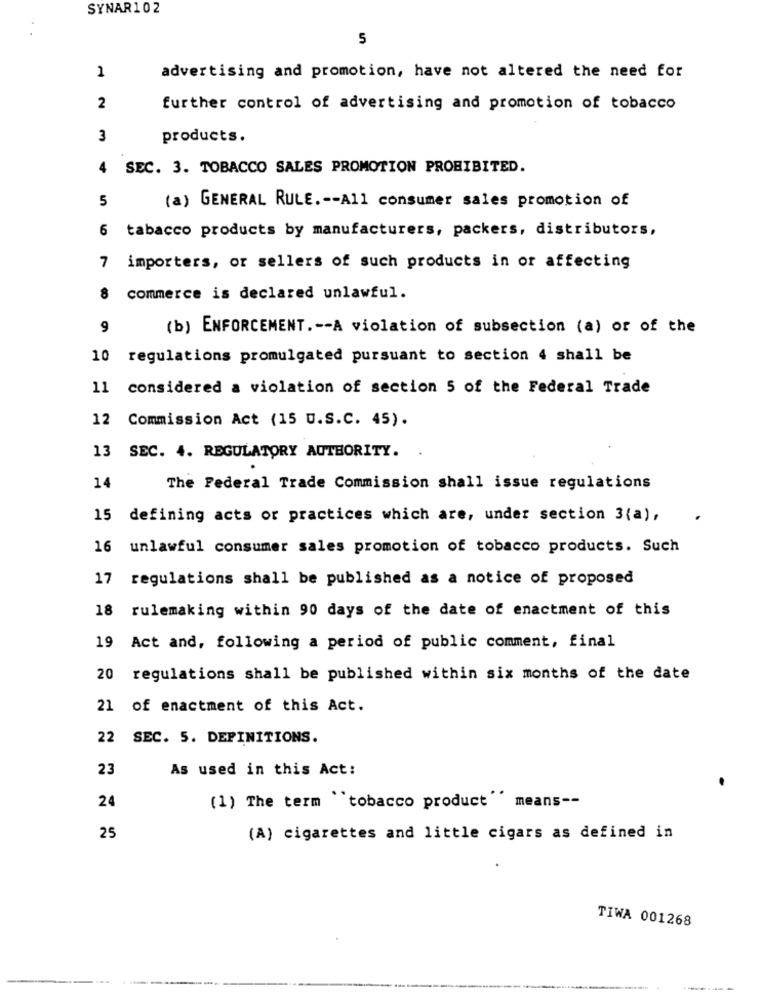
SYNAR102
5
advertising and promotion, have not altered the need for
1
2
further control of advertising and promotion of tobacco
3
products.
4
SEC. 3. TOBACCO SALES PROMOTION PROHIBITED.
5
(a) GENERAL RULE .-- All consumer sales promotion of
6 tabacco products by manufacturers, packers, distributors,
7 importers, or sellers of such products in or affecting
8
commerce is declared unlawful.
9
(b) ENFORCEMENT. -- A violation of subsection (a) or of the
10 regulations promulgated pursuant to section 4 shall be
11
considered a violation of section 5 of the Federal Trade
12
Commission Act (15 U.S.C. 45).
13 SEC. 4. REGULATORY AUTHORITY.
14
The Federal Trade Commission shall issue regulations
15 defining acts or practices which are, under section 3(a),
16
unlawful consumer sales promotion of tobacco products. Such
17 regulations shall be published as a notice of proposed
18 rulemaking within 90 days of the date of enactment of this
19 Act and, following a period of public comment, final
20 regulations shall be published within six months of the date
21 of enactment of this Act.
22 SEC. 5. DEFINITIONS.
23
As used in this Act:
24
(1) The term tobacco product means --
25
(A) cigarettes and little cigars as defined in
TIWA 001268